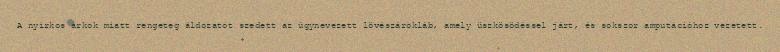
A nyirkos árkok miatt rengeteg áldozatot szedett az úgynevezett lövészárokláb, amely üszkösödéssel járt, és sokszor amputációhoz vezetett.